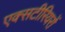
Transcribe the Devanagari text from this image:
एक्सटीरियरों